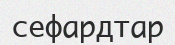
сефардтар